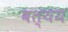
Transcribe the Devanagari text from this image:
बत्यय